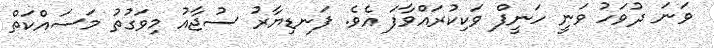
ވަނަ ދުވަހު ވަނީ ހަނީފް ވަކިކުރައްވާފަ އެވެ. ފަނޑިޔާރު ސުޖާއު މިވަގުތު މަސައްކަތް